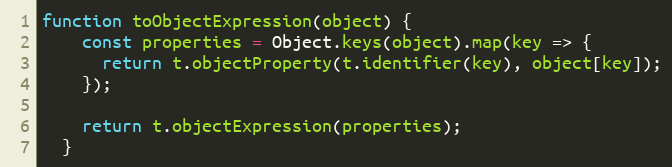
Language: JavaScript
function toObjectExpression(object) {
    const properties = Object.keys(object).map(key => {
      return t.objectProperty(t.identifier(key), object[key]);
    });

    return t.objectExpression(properties);
  }